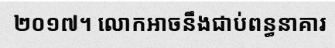
២០១៧។ លោកអាចនឹងជាប់ពន្ធនាគារ